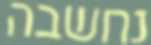
נחשבה